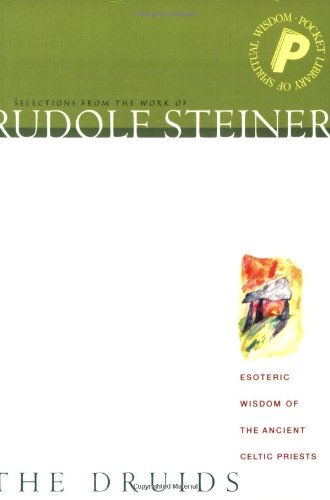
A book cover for Druids: Esoteric Wisdom of the Ancient Celtic Priests; Rudolf Steiner; Religion & Spirituality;